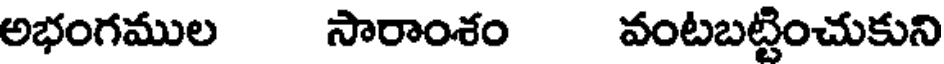
అభంగముల సారాంశం వంటబట్టించుకుని